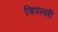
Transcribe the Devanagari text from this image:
त्रिपल्ली